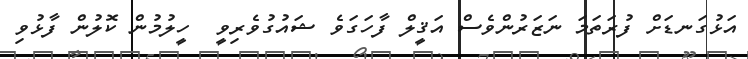
އަޅުގަނޑަށް ފުރަތަމަ ނަޒަރުންވެސް އަޤީލް ފާހަގަވެ ޝައުގުވެރިވީ  ހީލުމުން ކޮލުން ފާޅުވި